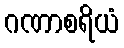
ဂဏာစရိယံ